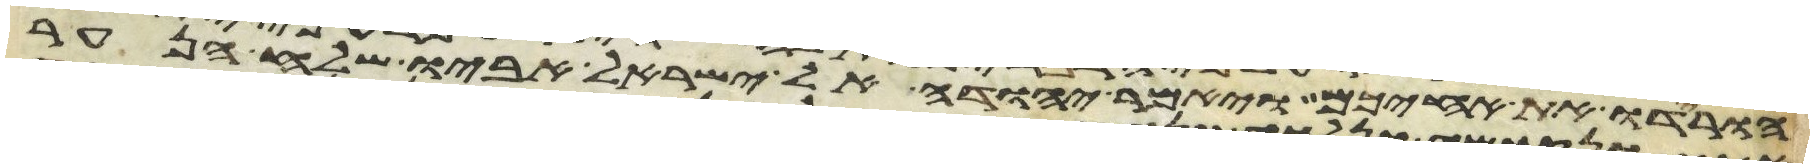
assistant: הורידו את אחיכם ויאמר יהודה אל ישראל אביו שלח הנער